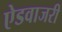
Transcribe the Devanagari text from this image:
ऐडवाजरी